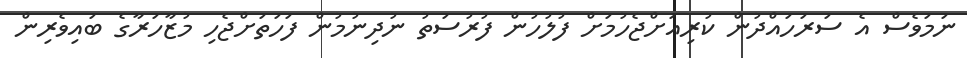
ނަމަވެސް އެ ސަރަހައްދުން ކުރިއަށްޖެހުމަށް ފުލުހުން ފުރުސަތު ނުދިނުމުން ފަހަތަށްޖެހި މުޒާހަރާގެ ބައިވެރިން